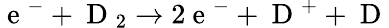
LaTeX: \mathrm{~e~}^{-}+\mathrm{~D~}_{2}\rightarrow 2\mathrm{~e~}^{-}+\mathrm{~D~}^{+}+\mathrm{~D~}